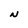
Character: N